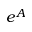
e ^ { A }